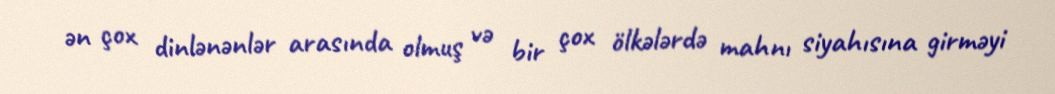
ən çox dinlənənlər arasında olmuş və bir çox ölkələrdə mahnı siyahısına girməyi